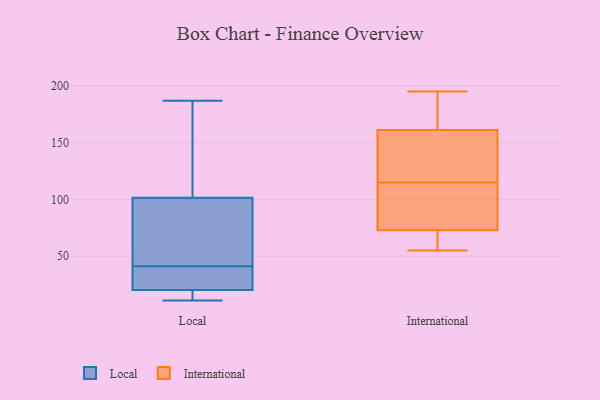
{"axis": {"x": "Population (Million)", "y": "Value"}, "legend": ["International", "Local"], "data": [{"x": "", "y": 51, "type": "Local"}, {"x": "", "y": 20, "type": "Local"}, {"x": "", "y": 35, "type": "Local"}, {"x": "", "y": 41, "type": "Local"}, {"x": "", "y": 187, "type": "Local"}, {"x": "", "y": 12, "type": "Local"}, {"x": "", "y": 11, "type": "Local"}, {"x": "", "y": 76, "type": "Local"}, {"x": "", "y": 30, "type": "Local"}, {"x": "", "y": 156, "type": "Local"}, {"x": "", "y": 159, "type": "Local"}, {"x": "", "y": 21, "type": "Local"}, {"x": "", "y": 19, "type": "Local"}, {"x": "", "y": 76, "type": "Local"}, {"x": "", "y": 110, "type": "Local"}, {"x": "", "y": 70, "type": "International"}, {"x": "", "y": 116, "type": "International"}, {"x": "", "y": 96, "type": "International"}, {"x": "", "y": 88, "type": "International"}, {"x": "", "y": 191, "type": "International"}, {"x": "", "y": 62, "type": "International"}, {"x": "", "y": 55, "type": "International"}, {"x": "", "y": 195, "type": "International"}, {"x": "", "y": 150, "type": "International"}, {"x": "", "y": 186, "type": "International"}, {"x": "", "y": 165, "type": "International"}, {"x": "", "y": 132, "type": "International"}, {"x": "", "y": 81, "type": "International"}, {"x": "", "y": 69, "type": "International"}, {"x": "", "y": 115, "type": "International"}]}